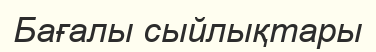
Бағалы сыйлықтары